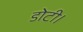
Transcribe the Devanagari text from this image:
डोटी।